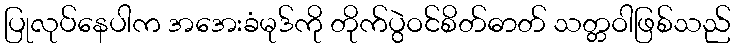
ပြုလုပ်နေပါက အအေးခံမုဒ်ကို တိုက်ပွဲဝင်စိတ်ဓာတ် သတ္တဝါဖြစ်သည်